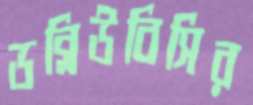
ডব্লিউবিসির